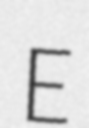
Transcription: E